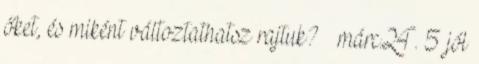
őket, és miként változtathatsz rajtuk? márc.24. 5 jól